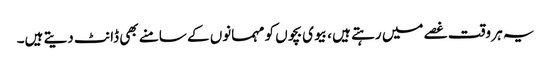
یہ ہر وقت غصے میں رہتے ہیں ، بیوی بچوں کو مہمانوں کے سامنے بھی ڈانٹ دیتے ہیں۔